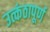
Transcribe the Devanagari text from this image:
उत्कंठापूर्ण